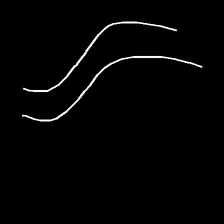
Glyph: float